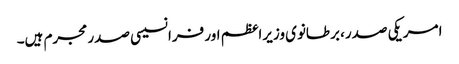
امریکی صدر، برطانوی وزیراعظم اور فرانسیسی صدر مجرم ہیں۔